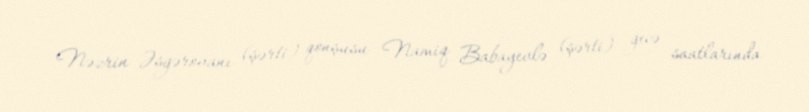
Nəzrin Əsgərovanı (şərti) qonşusu Namiq Babayevlə (şərti) gecə saatlarında